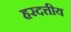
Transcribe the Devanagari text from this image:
हरदत्तीय